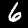
Label: 6